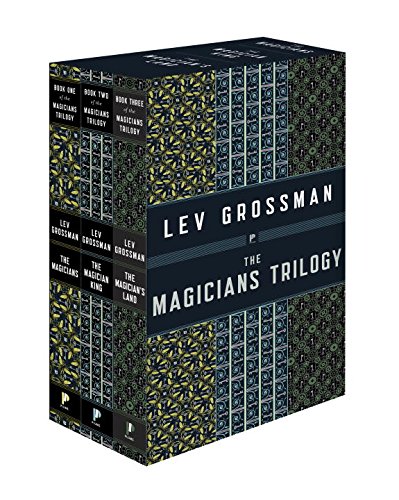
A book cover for The Magicians Trilogy Box Set; Lev Grossman; Science Fiction & Fantasy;